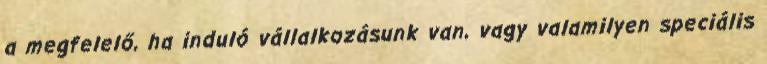
a megfelelő, ha induló vállalkozásunk van, vagy valamilyen speciális